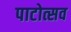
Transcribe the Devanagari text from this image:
पाटोत्सव